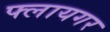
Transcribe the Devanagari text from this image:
फ्लायगर